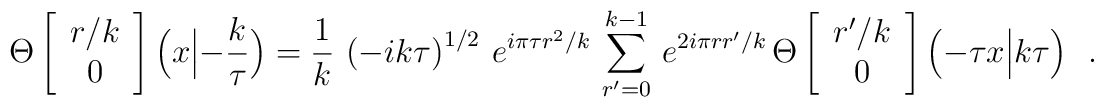
\Theta\left[\begin{array}{c}	r/k \\ 0	\end{array}\right]\Big(x\Big|-\frac{k}{\tau}\Big)=\frac{1}{k}\,\left(-ik\tau\right)^{1/2}\,e^{i\pi\tau r^2/k}\,\sum_{r'=0}^{k-1}\,e^{2i\pi rr'/k}\,\Theta\left[\begin{array}{c}	r'/k \\ 0	\end{array}\right]\Big(-\tau x\Big|k\tau\Big)\ \ \ .